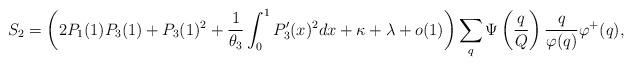
LaTeX: \begin{align*}S_2 &= \left( 2P_1(1)P_3(1) + P_3(1)^2 + \frac{1}{\theta_3}\int_0^1 P_3'(x)^2 dx + \kappa + \lambda + o(1) \right)\sum_{q} \Psi \left( \frac{q}{Q}\right) \frac{q}{\varphi(q)} \varphi^+(q),\end{align*}